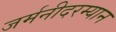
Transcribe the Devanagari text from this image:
जर्मनीदरम्यान